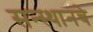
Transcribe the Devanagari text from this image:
सन्स्थानचे